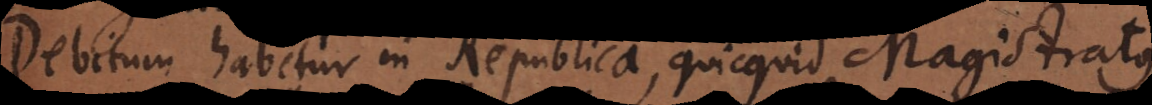
Debitum habetur in Republica, quicquid Magistratus